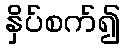
နှိပ်စက်၍